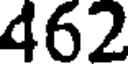
462